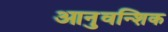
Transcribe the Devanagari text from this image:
आनुवन्शिक